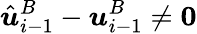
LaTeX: \hat{\boldsymbol{u}}_{i-1}^{B}-\boldsymbol{u}_{i-1}^{B}\neq\boldsymbol{0}